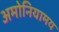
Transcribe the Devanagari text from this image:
अमोनियामय